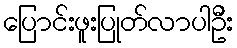
ပြောင်းဖူးပြုတ်လာပါဦး